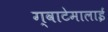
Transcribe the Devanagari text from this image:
ग्वाटेमालाई